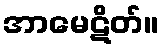
အာမေဋိတ်။